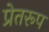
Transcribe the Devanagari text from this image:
प्रेतरूप